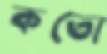
কতো